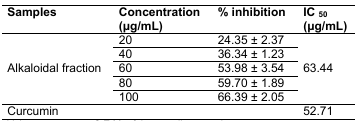
<table><thead><tr><td><b>Samples</b></td><td><b>Concentration (μg/mL)</b></td><td><b>% inhibition</b></td><td><b>IC<sub>50</sub> (μg/mL)</b></td></tr></thead><tbody><tr><td rowspan="9">Alkaloidal fraction</td><td>20</td><td>24.35 ± 2.37</td><td rowspan="9">63.44</td></tr><tr><td>40</td><td>36.34 ± 1.23</td></tr><tr><td>60</td><td>53.98 ± 3.54</td></tr><tr><td>80</td><td>59.70 ± 1.89</td></tr><tr><td>100</td><td>66.39 ± 2.05</td></tr><tr><td>Curcumin</td><td></td><td></td><td>52.71</td></tr></tbody></table>